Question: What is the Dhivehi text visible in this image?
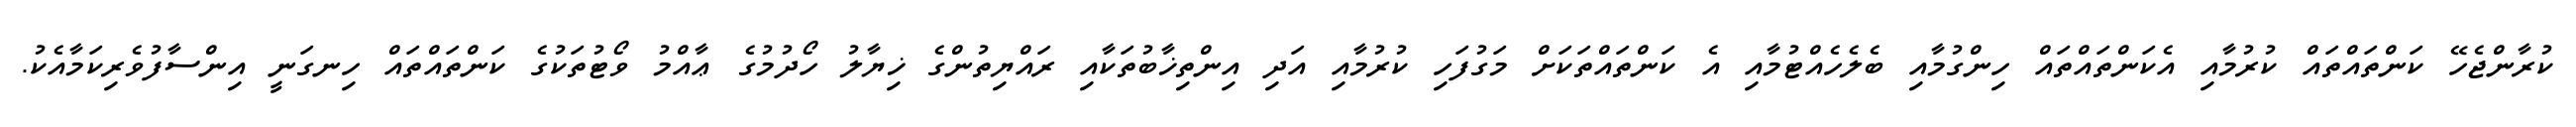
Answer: ކުރާންޖެހޭ ކަންތައްތައް ކުރުމާއި އެކަންތައްތައް ހިންގުމާއި ބެލެހެއްޓުމާއި އެ ކަންތައްތަކަށް މަގުފަހި ކުރުމާއި އަދި އިންތިޚާބުތަކާއި ރައްޔިތުންގެ ޚިޔާލު ހޯދުމުގެ ޢާއްމު ވޯޓުތަކުގެ ކަންތައްތައް ހިނގަނީ އިންސާފުވެރިކަމާއެކު.